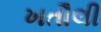
ખતૌલી